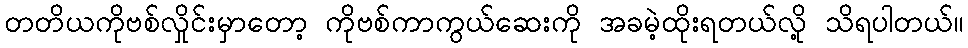
တတိယကိုဗစ်လှိုင်းမှာတော့ ကိုဗစ်ကာကွယ်ဆေးကို အခမဲ့ထိုးရတယ်လို့ သိရပါတယ်။